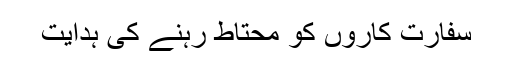
سفارت کاروں کو محتاط رہنے کی ہدایت